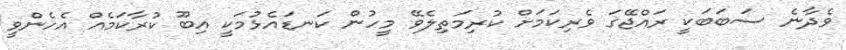
ވެދާނެ ސަބަބަކީ ރައްޖޭގަ ވެރިކަމަށް ކުރިމަތިލެވޭ މީހުން ކަނޑައެޅުމަކީ އިބޫ ކުރާކަމެއް އެހެންވީ